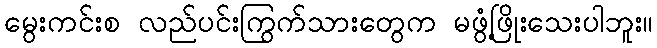
မွေးကင်းစ လည်ပင်းကြွက်သားတွေက မဖွံ့ဖြိုးသေးပါဘူး။